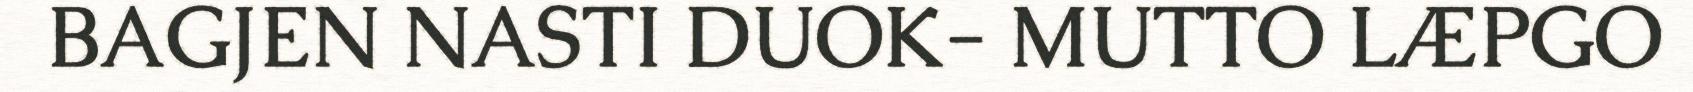
BAGJEN NASTI DUOK- MUTTO LÆPGO